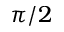
\pi / 2